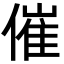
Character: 催